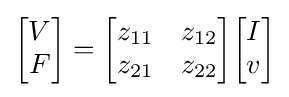
{\begin{bmatrix}V\\F\end{bmatrix}}={\begin{bmatrix}z_{11}&z_{12}\\z_{21}&z_{22}\end{bmatrix}}{\begin{bmatrix}I\\v\end{bmatrix}}